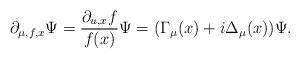
LaTeX: \begin{align*} \partial_{\mu,f,x}\Psi=\frac{\partial_{u,x}f}{f(x)}\Psi=(\Gamma_{\mu}(x)+i\Delta_{\mu}(x))\Psi. \end{align*}